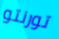
تورنتو